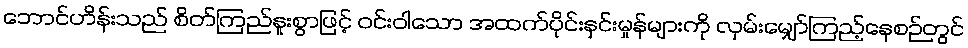
ဘောင်ဟိန်းသည် စိတ်ကြည်နူးစွာဖြင့် ဝင်းဝါသော အထက်ပိုင်းနှင်းမှုန်များကို လှမ်းမျှော်ကြည့်နေစဉ်တွင်